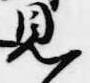
見